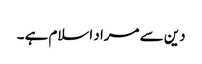
دین سے مراد اسلام ہے ۔